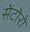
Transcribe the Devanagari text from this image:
सेंटोरो